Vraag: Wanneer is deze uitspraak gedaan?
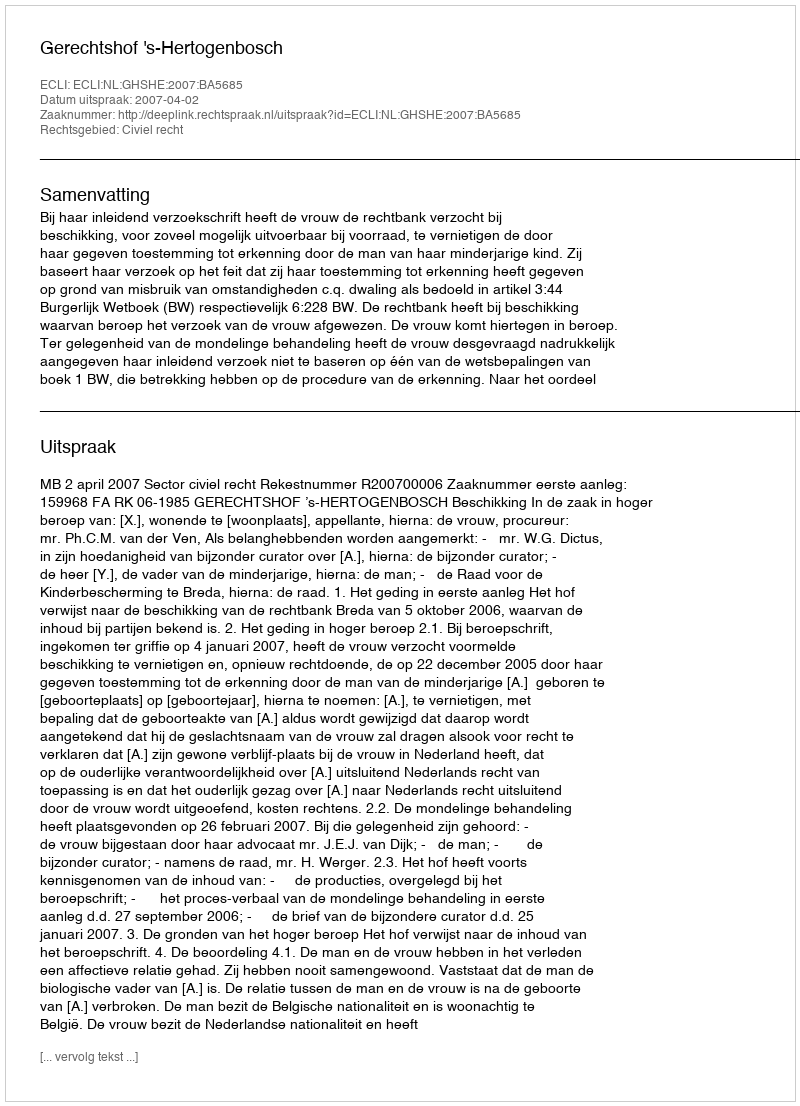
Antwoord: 2007-04-02